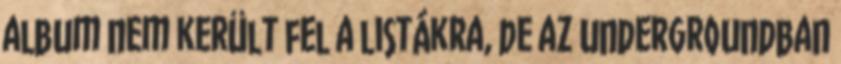
album nem került fel a listákra, de az undergroundban